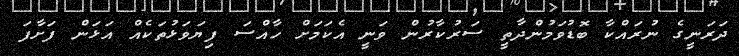
ދަރަނީގެ ނުރައްކާ ބޮޑުވަމުންދާތީ ސަރުކާރުން ވަނީ އެކަމަށް ހާއްސަ ފިޔަވަޅުތަކެއް އަޅަން ފަށާފަ